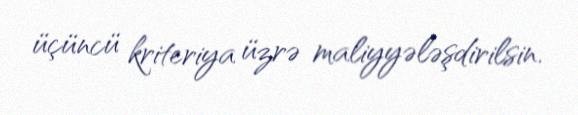
üçüncü kriteriya üzrə maliyyələşdirilsin.